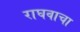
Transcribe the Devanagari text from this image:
राघवाचा